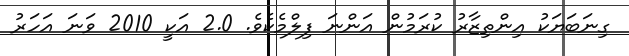
ގިނަބަޔަކު އިންތިޒާރު ކުރަމުން އަންނަ ފިލްމެކެވެ. 2.0 އަކީ 2010 ވަނަ އަހަރު